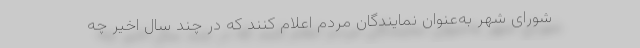
شورای شهر به‌عنوان نمایندگان مردم اعلام کنند که در چند سال اخیر چه